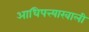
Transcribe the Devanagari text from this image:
आधिपत्त्याखाली